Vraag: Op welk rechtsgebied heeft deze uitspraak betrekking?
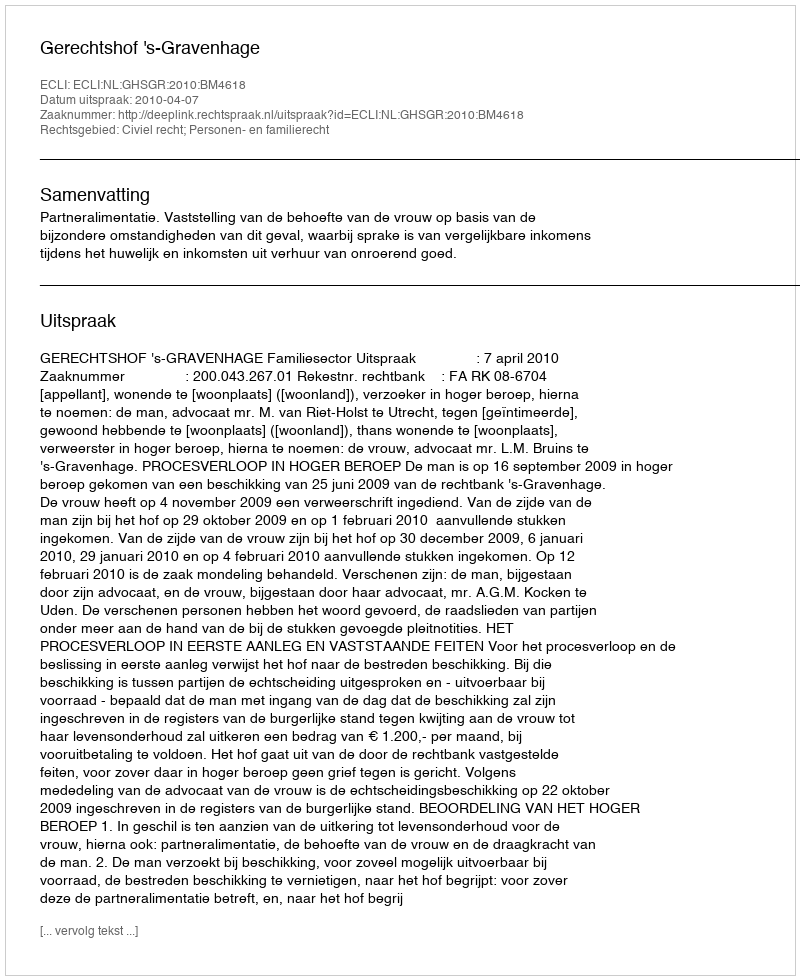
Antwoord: Civiel recht; Personen- en familierecht